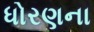
ધોરણના